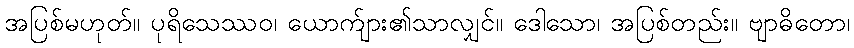
အပြစ်မဟုတ်။ ပုရိသေဿဝ၊ ယောက်ျား၏သာလျှင်။ ဒေါသော၊ အပြစ်တည်း။ ဗျာဓိတော၊